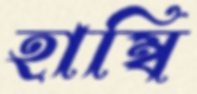
হাম্বি